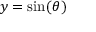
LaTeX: y = \sin ( \theta )